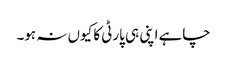
چاہے اپنی ہی پارٹی کا کیوں نہ ہو۔